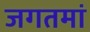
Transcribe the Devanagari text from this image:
जगतमां